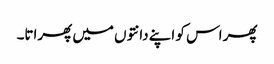
پھر اس کو اپنے دانتوں میں پھراتا۔